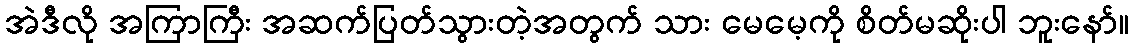
အဲဒီလို အကြာကြီး အဆက်ပြတ်သွားတဲ့အတွက် သား မေမေ့ကို စိတ်မဆိုးပါ ဘူးနော်။